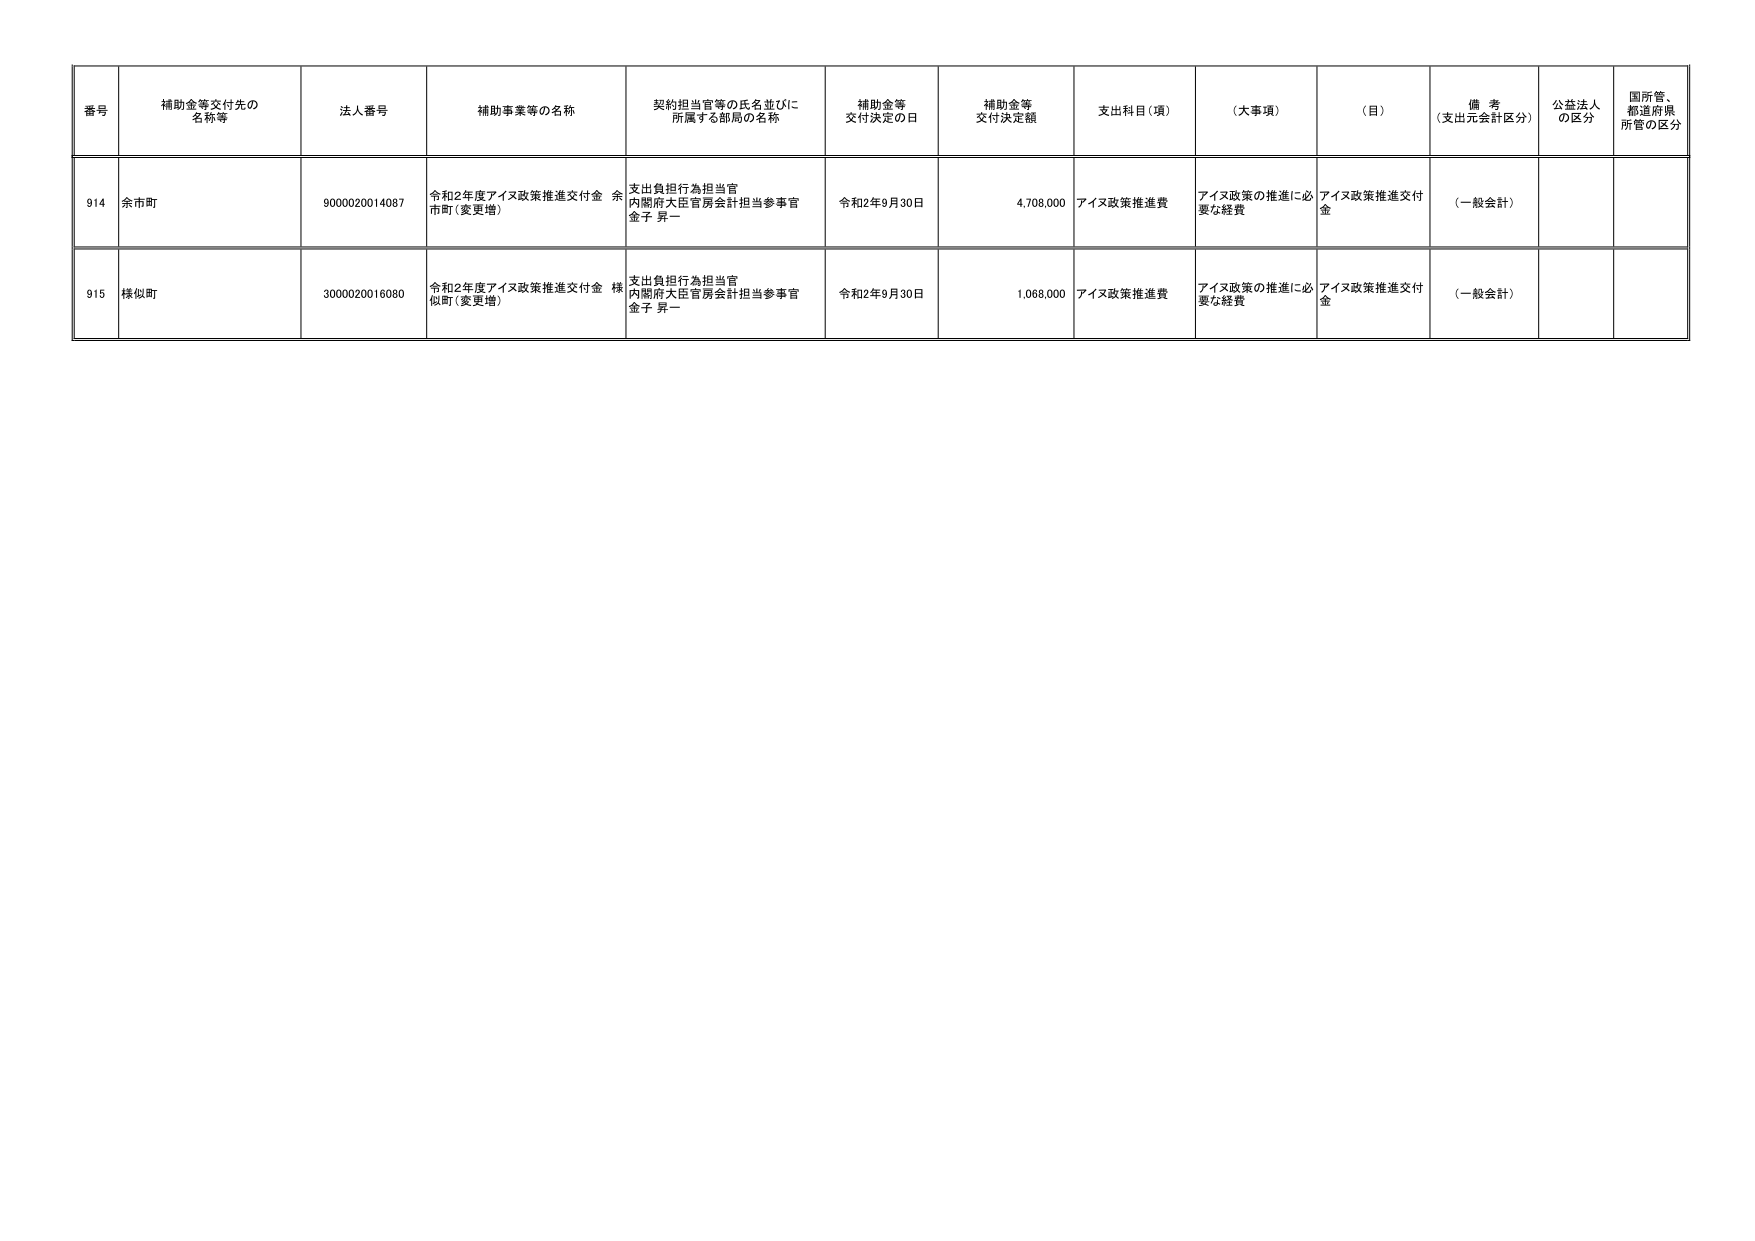
番号 補助金等交付先の名称等 法人番号 補助事業等の名称 契約担当官等の氏名並びに所属する部局の名称 補助金等交付決定の日 補助金等交付決定額 支出科目（項） （大事項） （目） 備考（支出元会計区分） 公益法人の区分 国所管、都道府県所管の区分
914 余市町 9000020014087 令和2年度アイヌ政策推進交付金 余市町（変更増） 支出負担行為担当官 内閣府大臣官房会計担当参事官 金子 昇一 令和2年9月30日 4,708,000 アイヌ政策推進費 アイヌ政策の推進に必要な経費 アイヌ政策推進交付金 （一般会計）
915 様似町 3000020016080 令和2年度アイヌ政策推進交付金 様似町（変更増） 支出負担行為担当官 内閣府大臣官房会計担当参事官 金子 昇一 令和2年9月30日 1,068,000 アイヌ政策推進費 アイヌ政策の推進に必要な経費 アイヌ政策推進交付金 （一般会計）